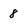
Character: 8